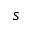
s